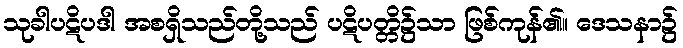
သုခါပဋိပဒါ အစရှိသည်တို့သည် ပဋိပတ္တိ၌သာ ဖြစ်ကုန်၏။ ဒေသနာ၌